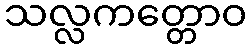
သလ္လကတ္တောဝ